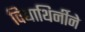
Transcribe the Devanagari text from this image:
विद्याथिर्नीने